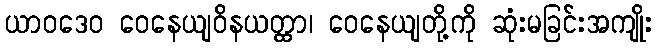
ယာဝဒေဝ ဝေနေယျဝိနယတ္ထာ၊ ဝေနေယျတို့ကို ဆုံးမခြင်းအကျိုး